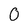
Character: 0